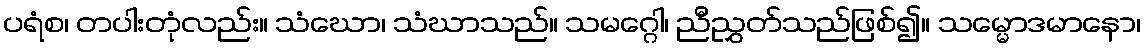
ပရံစ၊ တပါးတုံလည်း။ သံဃော၊ သံဃာသည်။ သမဂ္ဂေါ၊ ညီညွှတ်သည်ဖြစ်၍။ သမ္မောဒမာနော၊